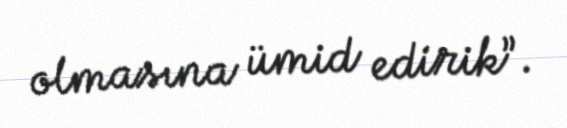
olmasına ümid edirik”.